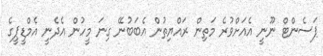
ޕަސެންޓް ނޫނީ އެއަށްވުރެ މަތިން ރައްޔިތުން އެބަބުނޭ ގިނަ މީހުން އެދެނީ އެމްޑީޕީގެ